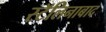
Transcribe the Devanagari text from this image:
स्टॅलिनाबाद